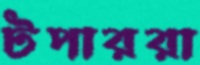
টপাররা